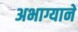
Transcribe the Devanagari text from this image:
अभाग्याने